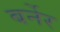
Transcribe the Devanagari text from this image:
बर्नेर